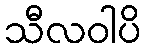
သီလဝါပိ